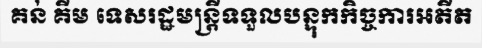
គន់ គីម ទេសរដ្ឋមន្ត្រីទទួលបន្ទុកកិច្ចការអតីត